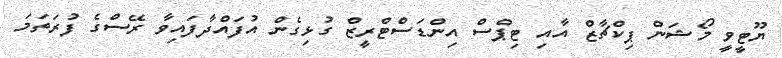
ޔޫޓީވީ މޯޝަން ޕިކްޗާޒް އާއި ޓިޕްސް އިންޑަސްޓްރީޒް ގުޅިގެން އުފައްދާފައިވާ ރޭސްގެ ފުރަތަމަ